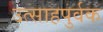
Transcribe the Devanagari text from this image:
उत्साहपुर्वक